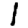
Digit: 1